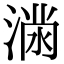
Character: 𭱪